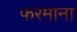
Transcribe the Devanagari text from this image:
फरमाना